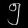
Digit: ၅